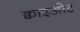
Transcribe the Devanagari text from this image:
क्वाइओट